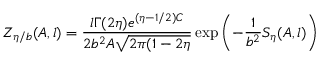
Z _ { \eta / b } ( A , l ) = \frac { l \Gamma ( 2 \eta ) e ^ { ( \eta - 1 / 2 ) C } } { 2 b ^ { 2 } A \sqrt { 2 \pi ( 1 - 2 \eta } } \exp \left( - \frac 1 { b ^ { 2 } } S _ { \eta } ( A , l ) \right)